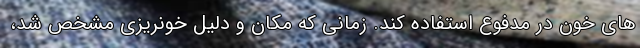
های خون در مدفوع استفاده کند. زمانی که مکان و دلیل خونریزی مشخص شد،